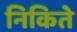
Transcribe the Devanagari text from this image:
निकिते